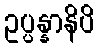
ဥပ္ပန္နာနိပိ